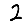
Digit: 2